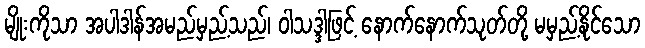
မျိုးကိုသာ အပါဒါန်အမည်မှည့်သည်၊ ဝါသဒ္ဒါဖြင့် နောက်နောက်သုတ်တို့ မမှည့်နိုင်သော